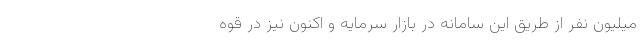
میلیون نفر از طریق این سامانه در بازار سرمایه و اکنون نیز در قوه